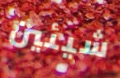
شيئين